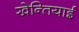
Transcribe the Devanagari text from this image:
खेन्तियाई